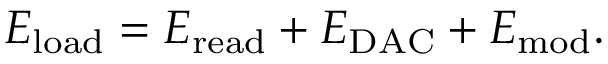
E _ { \mathrm { l o a d } } = E _ { \mathrm { r e a d } } + E _ { \mathrm { D A C } } + E _ { \mathrm { m o d } } .